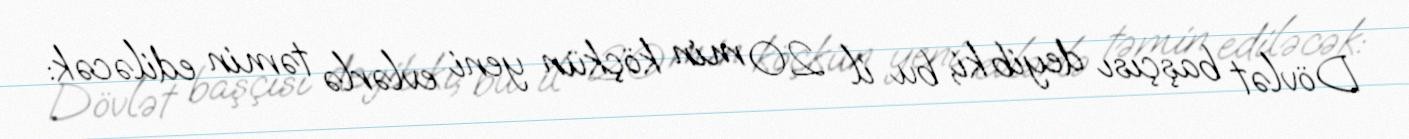
Dövlət başçısı deyib ki, bu il 20 min köçkün yeni evlərlə təmin ediləcək: